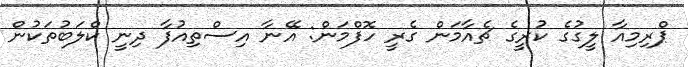
ޕްރިމިއާ ލީގުގެ ކުރީގެ ޗެއާމަން ގެރީ ހޮފްމަން: އޭނާ އިސްތިއުފާ ދިނީ ކްލަބުތަކުން